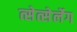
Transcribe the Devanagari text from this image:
त्सेत्सेर्लेग